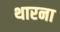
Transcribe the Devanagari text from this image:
थारना